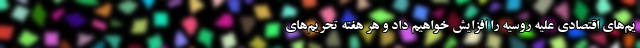
یم‌های اقتصادی علیه روسیه را افزایش خواهیم داد و هر هفته تحریم‌های